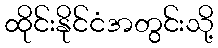
ထိုင်းနိုင်ငံအတွင်းသို့